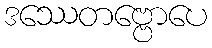
ဒဿေတဗ္ဗောပေ